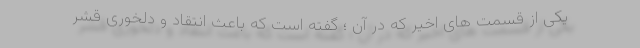
یکی از قسمت های اخیر که در آن ؛ گفته است که باعث انتقاد و دلخوری قشر